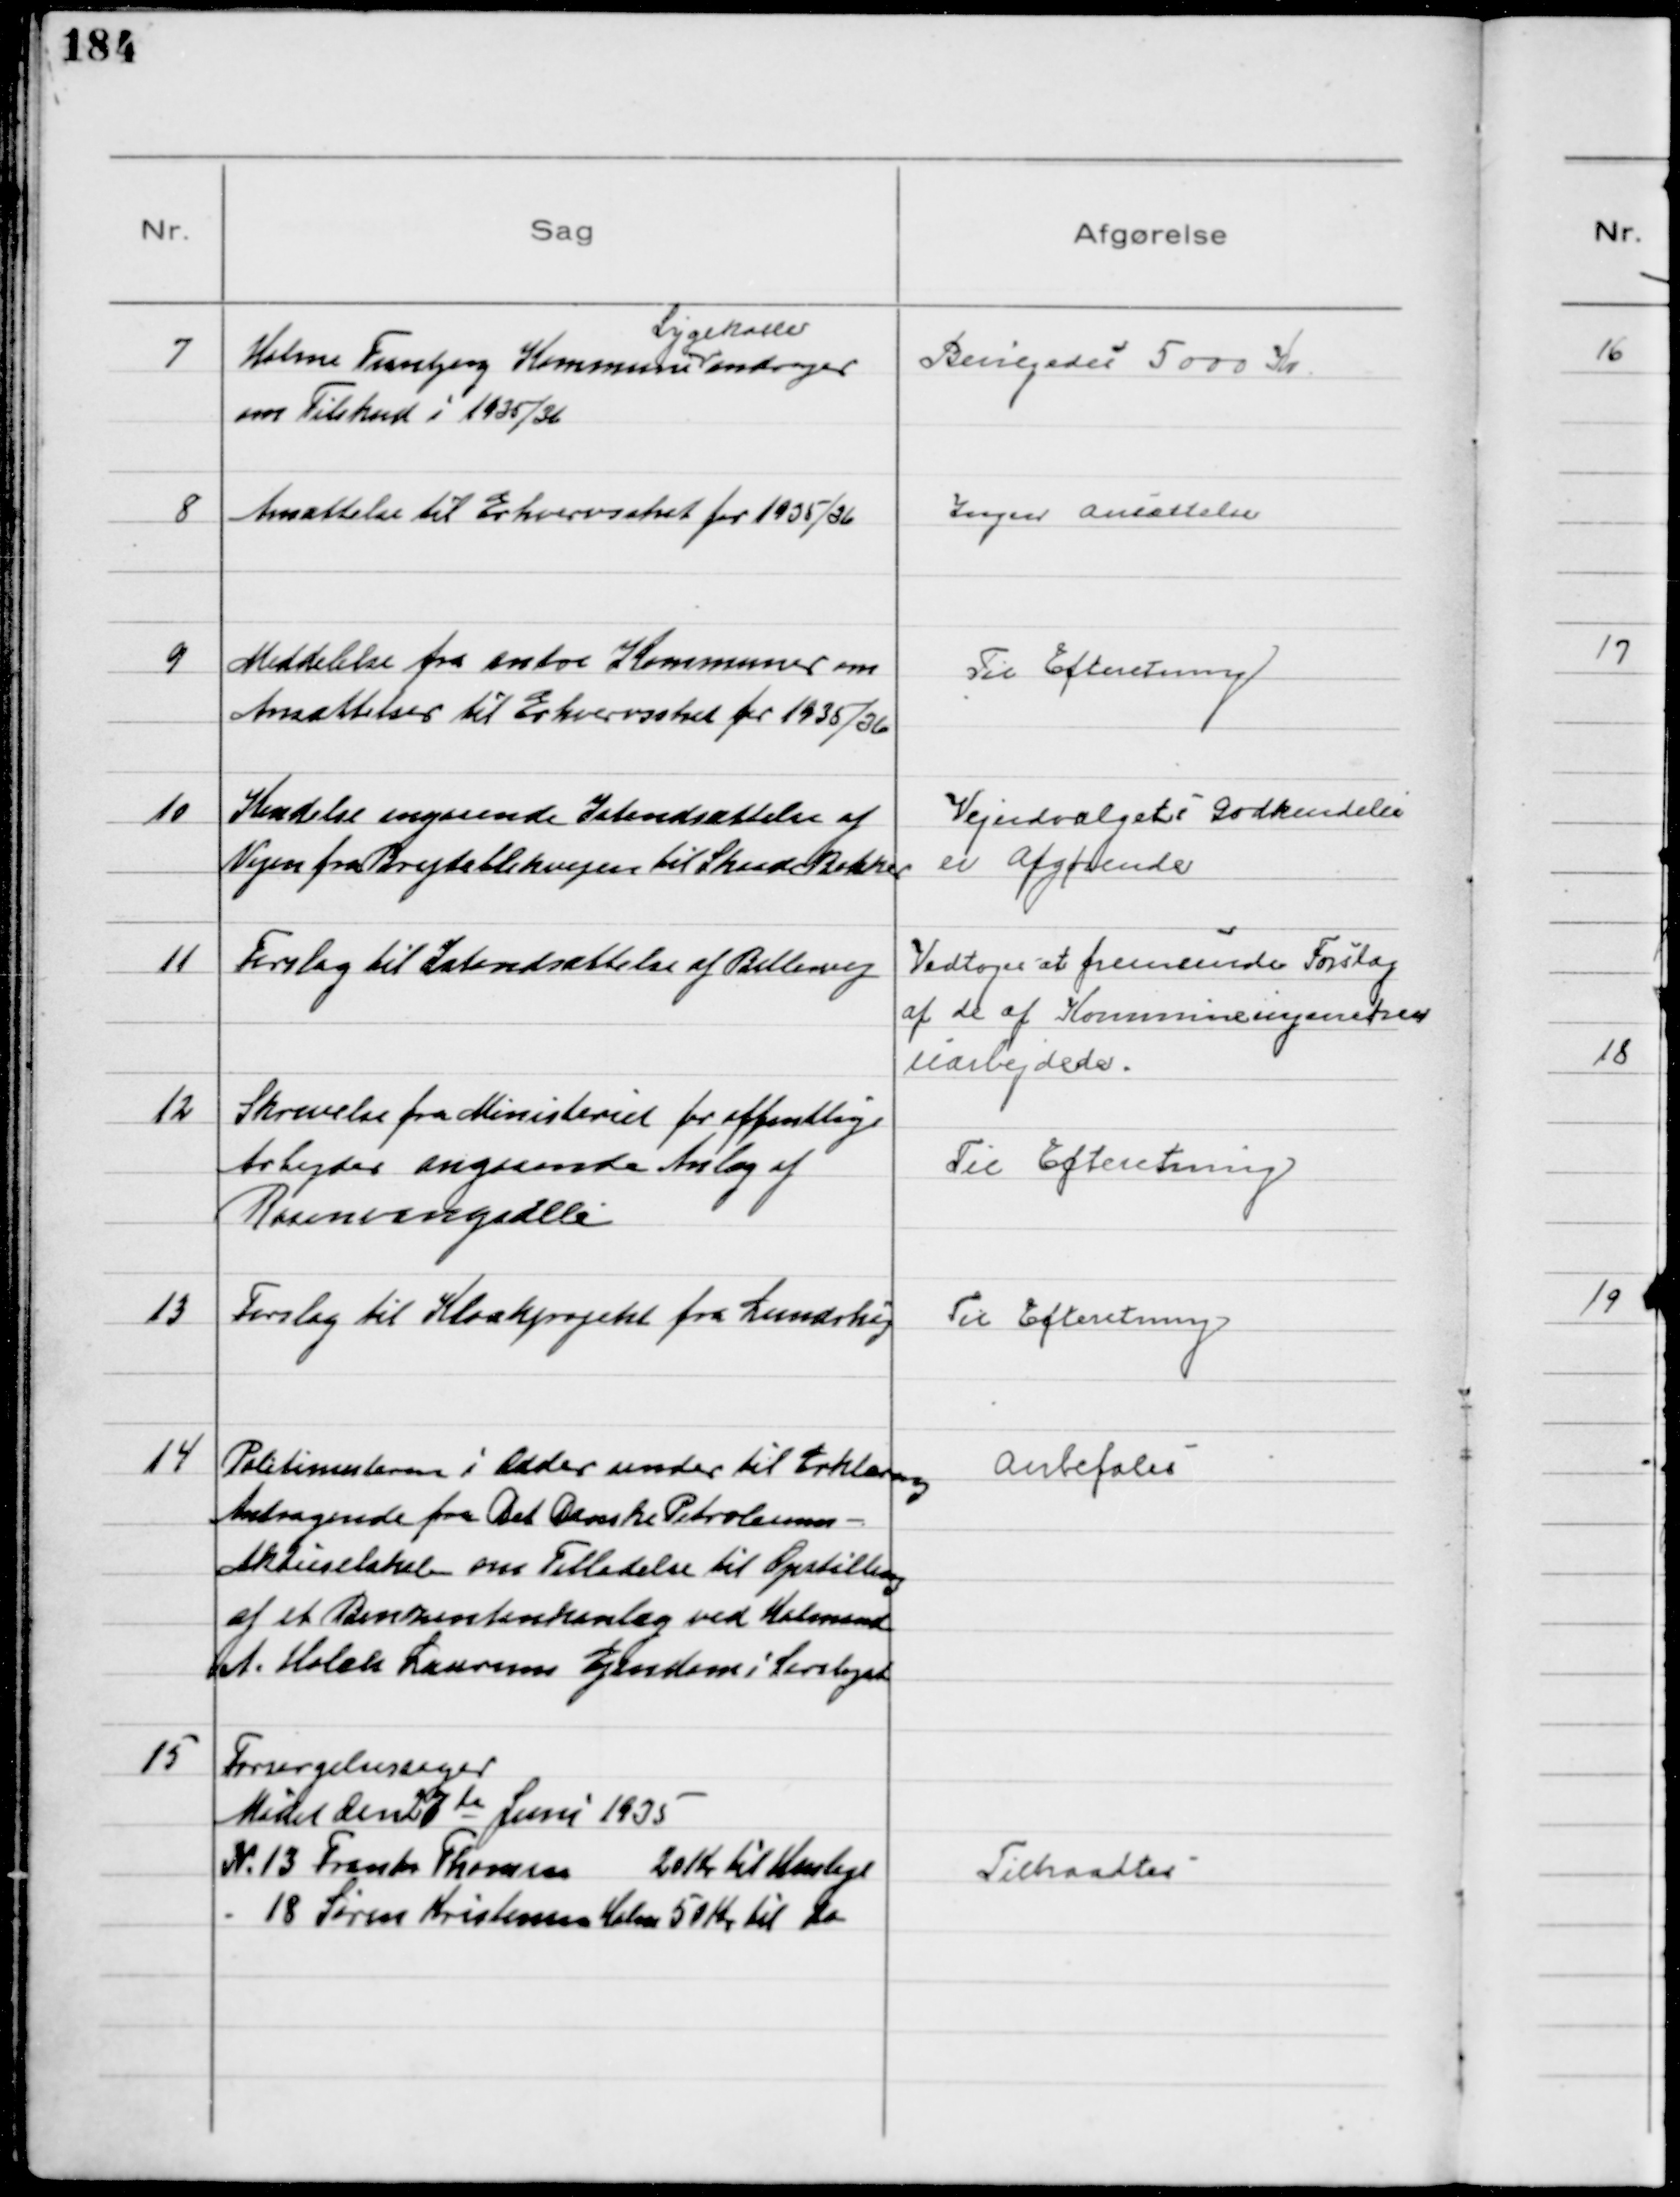
Transskription:
7
Holme Tranbjerg Kommune
Sygekasse
andrager
om Tilskud i 1935/36

Bevilgedes 5000 Kr.

8
Ansættelse til Erhvervsskat for 1935/36

Ingen ansættelser

9
Meddelelse fra andre Kommuner om
Ansættelser til Erhvervsskat for 1935/36

Til Efteretning

10
Kendelse angaaende Istandsættelse af
Vejen fra Brejdablikvejen til Skaade Bakker

Vejudvalgets Godkendelse
er afgørende

11
Forslag til Istandsættelse af Ballesvej

Vedtoges at fremsende Forslag
af de af Kommuneingeniøren
uarbejdede.

12
Skrivelse fra Ministeriet for offentlige
Arbejder angaaende Anlæg af
Rosenvangsalle

Til Efteretning

13
Forslag til Kloakprojekt fra Lundshøj

Til Efteretning

14
Politimesteren i Odder sender til Erklæring
Andragende fra Det Danske Petroleums=
Aktieselskab om Tilladelse til Opstilling
af et Benzintankanlæg ved Købmand
A. Holch Laursens Ejendom i Saralyst

Anbefales

15
Forsørgelsessager
Mødet den 27de Juni 1935
№ 13 Frantz Thomsen 20 Kr til Husleje
18 Søren Kristensen Holme 50 Kr til do

Tiltraadtes